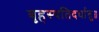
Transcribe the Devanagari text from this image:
बृहस्पतिदर्धातु॥